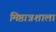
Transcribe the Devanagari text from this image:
मिष्ठान्नशाला